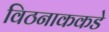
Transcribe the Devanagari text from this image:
विठनाककडे